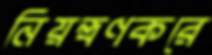
নিয়ন্ত্রণকরে